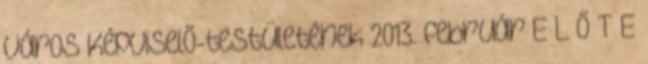
Város Képviselő-testületének 2013. február E L Ő T E